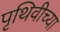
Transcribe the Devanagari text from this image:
पृथिवीच्या